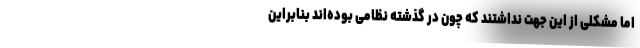
اما مشکلی از این جهت نداشتند که چون در گذشته نظامی بوده‌اند بنابراین